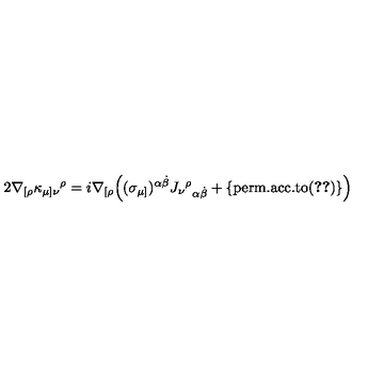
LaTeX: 2 \nabla _ { [ \rho } \kappa _ { \mu ] \nu } { } ^ { \rho } = i \nabla _ { [ \rho } \Big ( ( \sigma _ { \mu ] } ) ^ { \alpha \dot { \beta } } J _ { \nu } { } ^ { \rho } { } _ { \alpha \dot { \beta } } + \{ \mathrm { p e r m . a c c . t o ( \ref { e q : k a p p a _ d e f } ) } \} \Big )